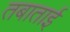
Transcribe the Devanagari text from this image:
तबाताई